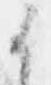
候